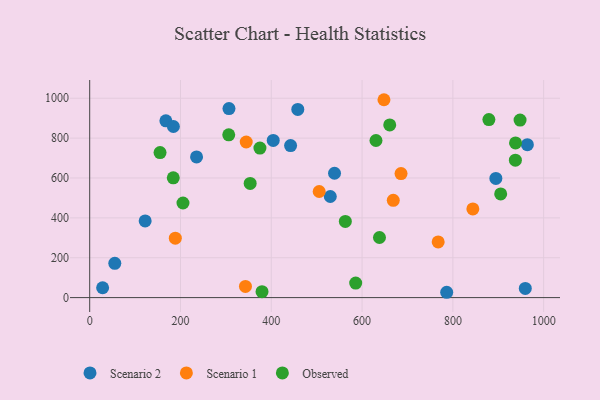
{"axis": {"x": "Speed", "y": "Sales"}, "legend": ["Observed", "Scenario 1", "Scenario 2"], "data": [{"x": "306.8", "y": 948.2, "type": "Scenario 2"}, {"x": "539.3", "y": 623.8, "type": "Scenario 2"}, {"x": "959.5", "y": 46.2, "type": "Scenario 2"}, {"x": "530.0", "y": 507.1, "type": "Scenario 2"}, {"x": "235.4", "y": 705.4, "type": "Scenario 2"}, {"x": "167.8", "y": 886.9, "type": "Scenario 2"}, {"x": "786.4", "y": 26.7, "type": "Scenario 2"}, {"x": "122.2", "y": 384.7, "type": "Scenario 2"}, {"x": "442.5", "y": 762.7, "type": "Scenario 2"}, {"x": "964.1", "y": 767.0, "type": "Scenario 2"}, {"x": "458.4", "y": 943.8, "type": "Scenario 2"}, {"x": "55.3", "y": 171.8, "type": "Scenario 2"}, {"x": "184.4", "y": 858.2, "type": "Scenario 2"}, {"x": "894.7", "y": 597.7, "type": "Scenario 2"}, {"x": "404.3", "y": 788.5, "type": "Scenario 2"}, {"x": "28.5", "y": 49.4, "type": "Scenario 2"}, {"x": "648.2", "y": 992.5, "type": "Scenario 1"}, {"x": "844.0", "y": 444.8, "type": "Scenario 1"}, {"x": "344.8", "y": 780.5, "type": "Scenario 1"}, {"x": "343.1", "y": 55.9, "type": "Scenario 1"}, {"x": "668.7", "y": 487.7, "type": "Scenario 1"}, {"x": "767.6", "y": 279.1, "type": "Scenario 1"}, {"x": "685.8", "y": 622.3, "type": "Scenario 1"}, {"x": "505.5", "y": 532.1, "type": "Scenario 1"}, {"x": "188.6", "y": 298.2, "type": "Scenario 1"}, {"x": "585.9", "y": 72.6, "type": "Observed"}, {"x": "353.5", "y": 572.6, "type": "Observed"}, {"x": "155.0", "y": 727.5, "type": "Observed"}, {"x": "184.1", "y": 600.8, "type": "Observed"}, {"x": "879.3", "y": 892.9, "type": "Observed"}, {"x": "306.3", "y": 816.6, "type": "Observed"}, {"x": "948.0", "y": 890.5, "type": "Observed"}, {"x": "937.7", "y": 689.4, "type": "Observed"}, {"x": "205.5", "y": 474.5, "type": "Observed"}, {"x": "938.0", "y": 775.8, "type": "Observed"}, {"x": "905.3", "y": 520.2, "type": "Observed"}, {"x": "563.1", "y": 382.2, "type": "Observed"}, {"x": "630.6", "y": 787.9, "type": "Observed"}, {"x": "379.6", "y": 29.9, "type": "Observed"}, {"x": "660.9", "y": 865.9, "type": "Observed"}, {"x": "375.0", "y": 750.2, "type": "Observed"}, {"x": "638.3", "y": 301.4, "type": "Observed"}]}